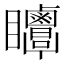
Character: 𥍗